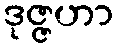
ဒုဇ္ဇဟာ